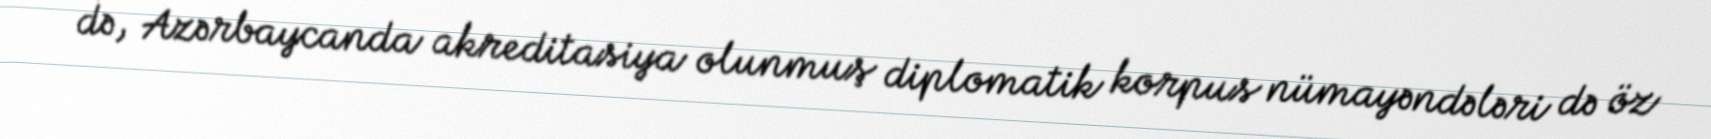
də, Azərbaycanda akreditasiya olunmuş diplomatik korpus nümayəndələri də öz